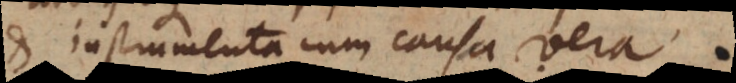
et instrumenta cum causa vera.